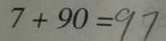
7 \times 9 0 = 9 7